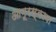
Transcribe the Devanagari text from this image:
आमूरस्काया